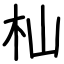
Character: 杣